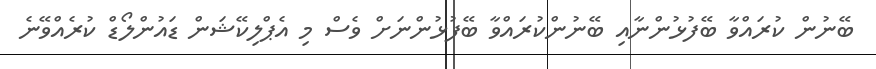
ބޭނުން ކުރައްވާ ބޭފުޅުންނާއި ބޭނުންކުރައްވާ ބޭފުޅުންނަށް ވެސް މި އެޕްލިކޭޝަން ޑައުންލޯޑް ކުރެއްވޭނެ